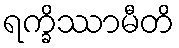
ရက္ခိဿာမီတိ